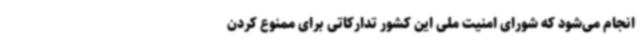
انجام می‌شود که شورای امنیت ملی این کشور تدارکاتی برای ممنوع کردن